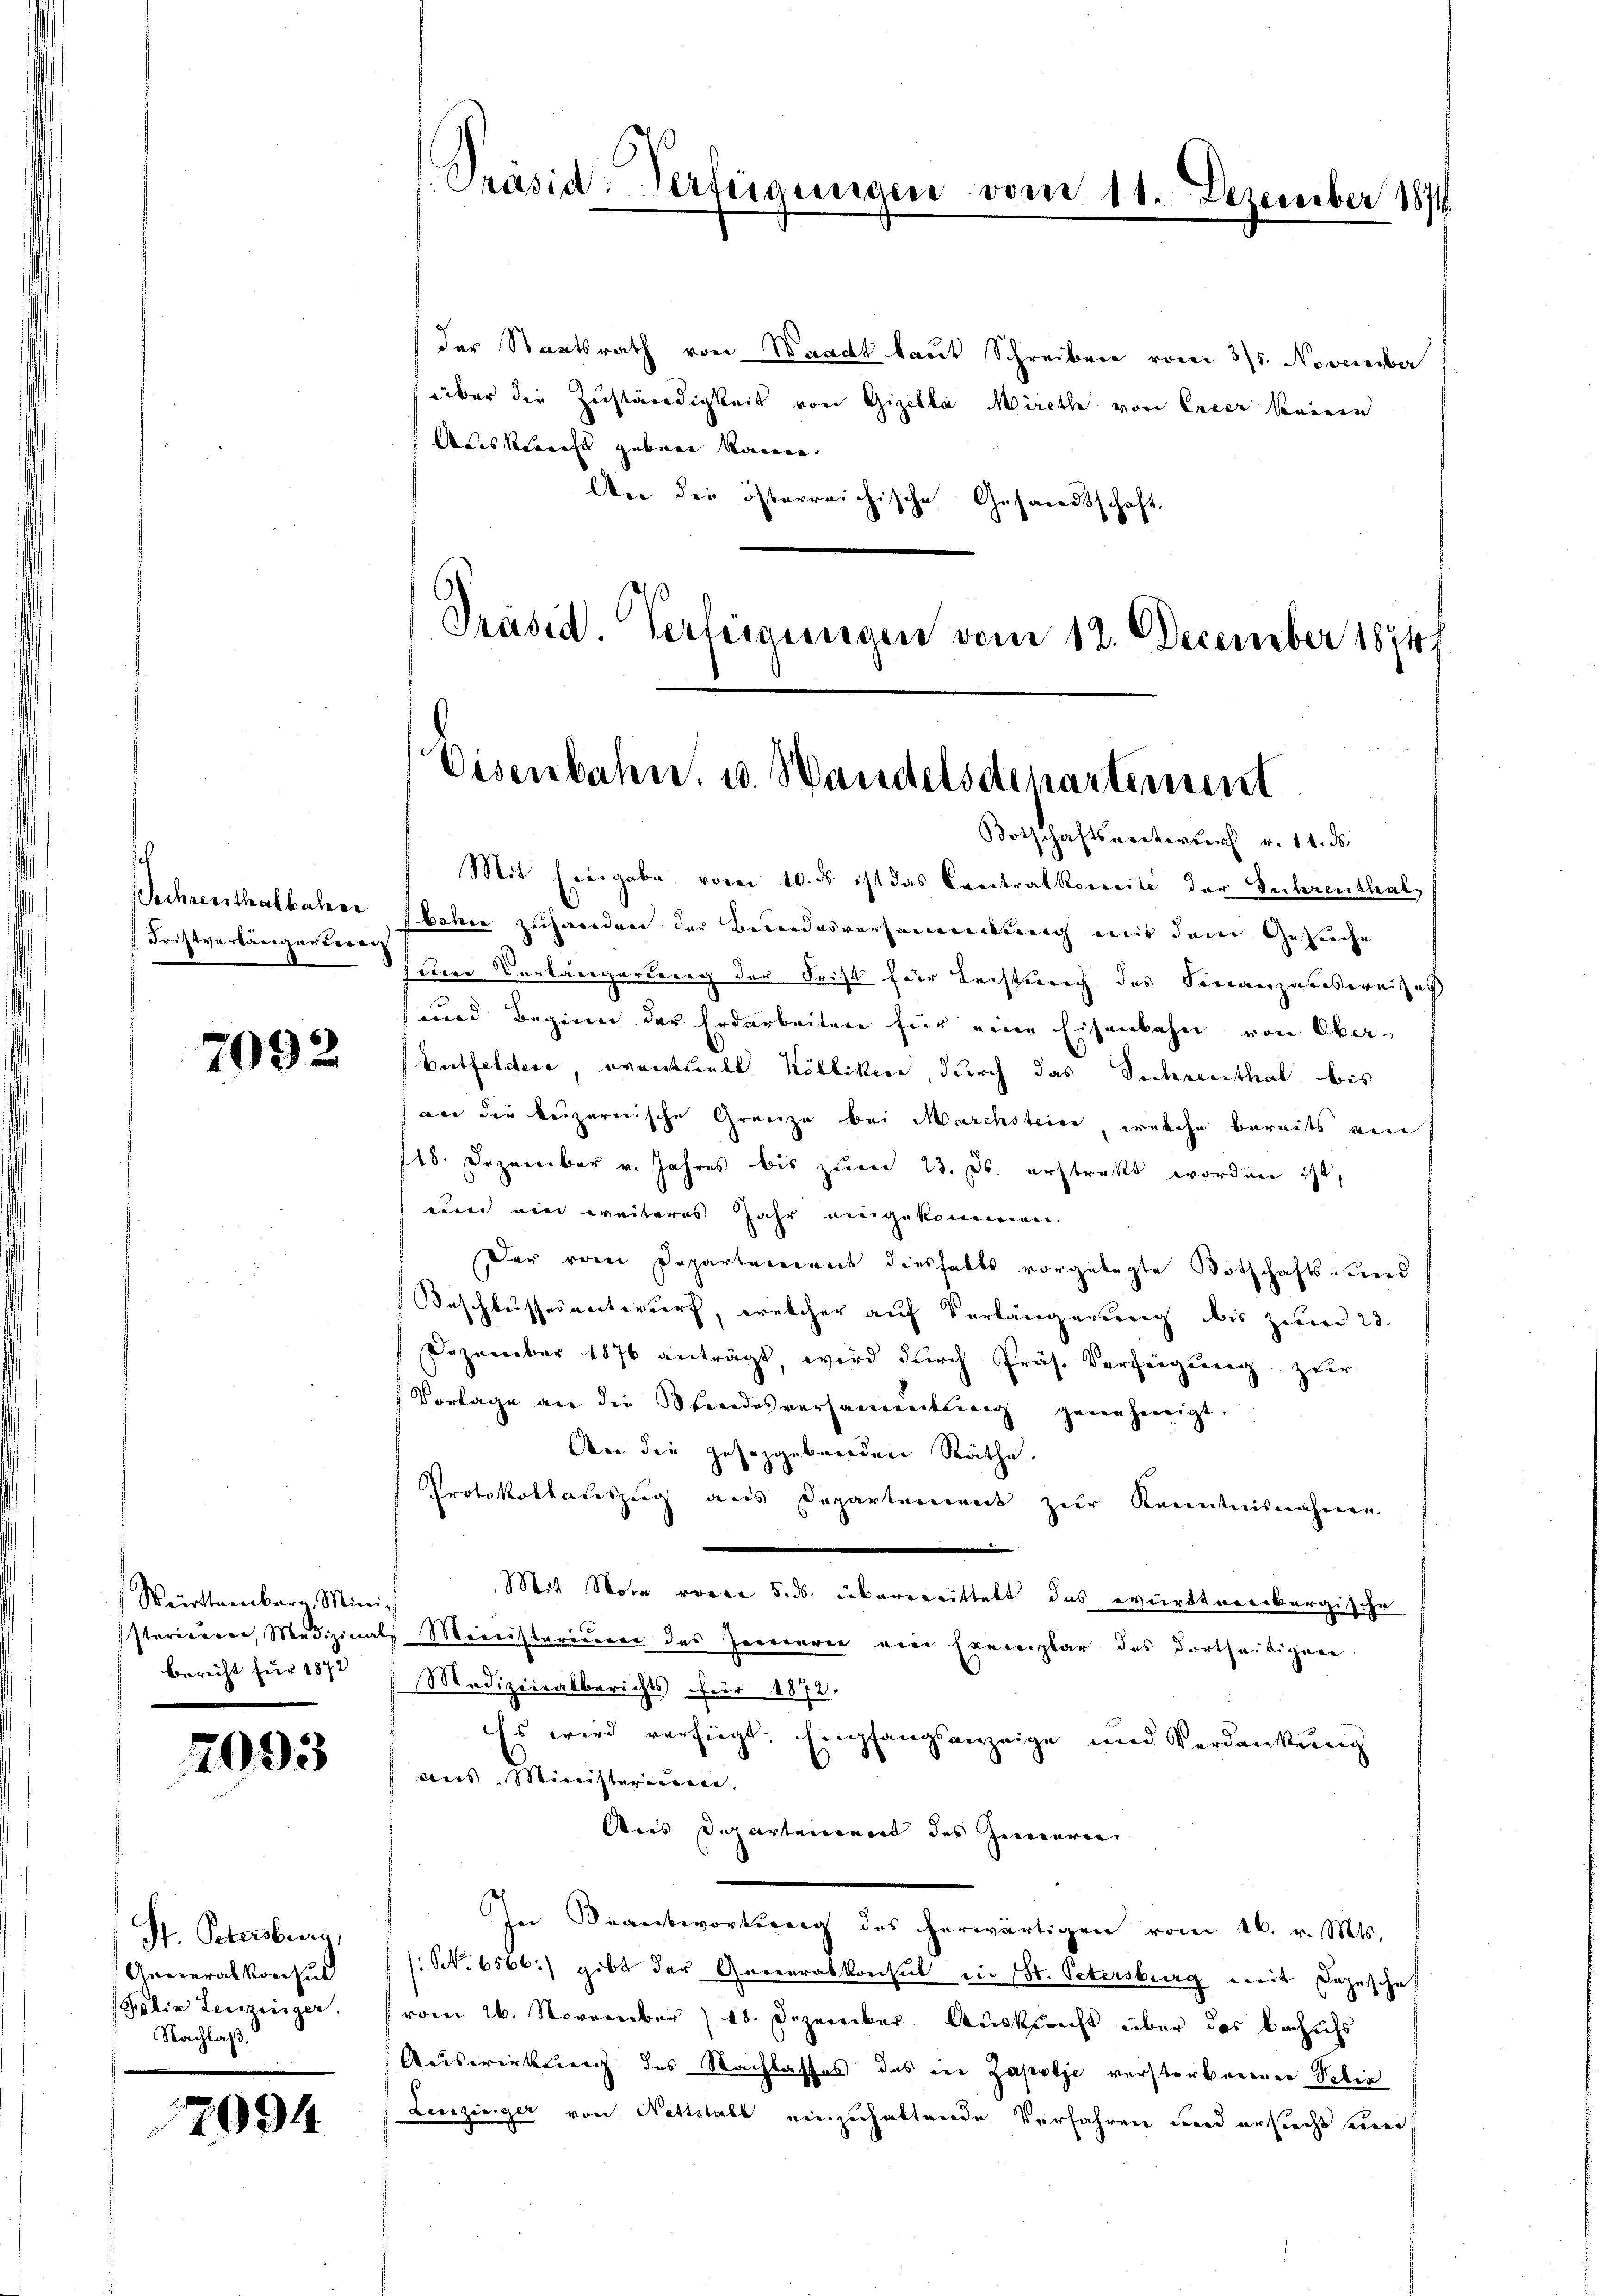
Tehrenthalbahre
Fristverlängerieren

7092

Württemberg, Minis
bericht für 1872

7093

St. Petersburg,
Generalkonsun
Plie Leuzinger.
Nachlaß.

12094

Präsid. Verfügungen vom 11. Dezember 1891

der Staatsrath von Waadt laut Schreiben vom 3/5. November
über die Zuständigkeit von Gizella Miethe von Erler keinen
Aneskraft geben kann.
An die österreichische Gesandtschaft
Präsid. Verteigungen vom 12. December 18741

Eisenbahn. u. Wandelsdepartement

Botschaftsentwurf v. 11. ds.
Mit Eingabe vom 10. ds ist das Crestralkoweite der Sechzenthalbahn zuhandere der Bundesversammlung mit dem Gesuche
uere Vorlängerbung der Frist für Leistweich des Finanzausweises
und Beginen der Erdarbeiten für eine Eisenbahn von Ober¬
Entfeldere, eventuell Kölliken, durch das Sicherenthal bis
an die beizernische Grenze bei Marchstein, welche bereits von
118. Dezember v. Jahres bis zum 23. ds. erstrakt worden ist,
een ein weiteres Jahr eingekommen.
Der vom Departecoereit diesfalls vorgelegte Botschafts- und
Beschlussesentwurf, welcher auf Verlängerung des ziere 23.
Dezember 1876 anträgt, wird dŭrch Präs. Verfügŭng zŭr
Vorlage an die Kindesversammenkung genehmigt.
An die gesetzgebenden Räthe.
Protokollariszeig aus Departement zur Kenntnisnahmen.
Mit Note voren 5. ds. übereittelt das württereibergische
sterieurer, Medizinals Ministerium des Zeinerei ein Exemplar das dortheiligen
Medizinalberichts für 1872.
Es wird verfügt. Empfangsanzeige und Verdankŭng
ans, Ministerinner
Ans Departement des Gemarie
In Beantwortung des herwärtigen vom 16. v. Mts.
(Nr. 6566) gibt der Generalkonsul in St. Petersburg mit Depesche
 vom 26. November 18. Dezember Auskunft über das Bachachs
Auswirkung des Nachlasses das der Zapolje verstorberner Poliz
Leuzinger von Nettstall einzuhaltende Verfahren und ersucht einen